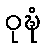
ဝုဍ္ဎံ